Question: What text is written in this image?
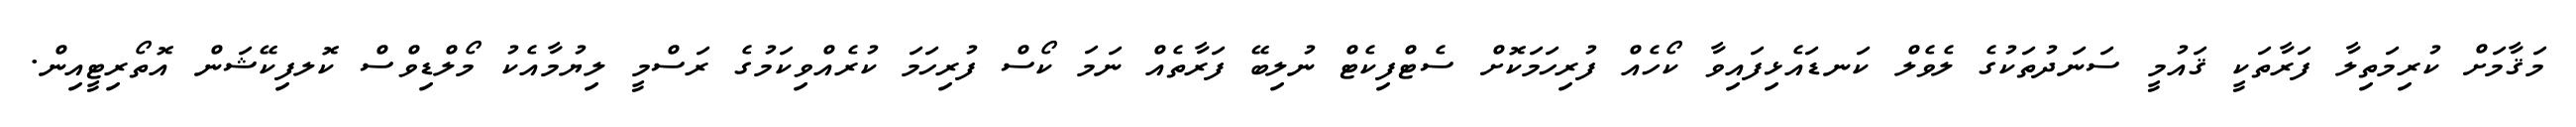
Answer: މަޤާމަށް ކުރިމަތިލާ ފަރާތަކީ ޤައުމީ ސަނަދުތަކުގެ ލެވެލް ކަނޑައެޅިފައިވާ ކޯހެއް ފުރިހަމަކޮށް ސެޓްފިކެޓް ނުލިބޭ ފަރާތެއް ނަމަ ކޯސް ފުރިހަމަ ކުރެއްވިކަމުގެ ރަސްމީ ލިޔުމާއެކު މޯލްޑިވްސް ކޮލފިކޭޝަން އޮތޯރިޓީއިން.